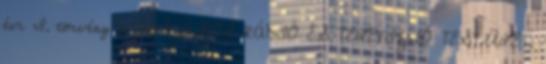
évi I. törvény a ORSZÁGOS RÁDIÓ ÉS TELEVÍZIÓ TESTÜLET.